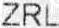
ZRL